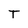
Character: T